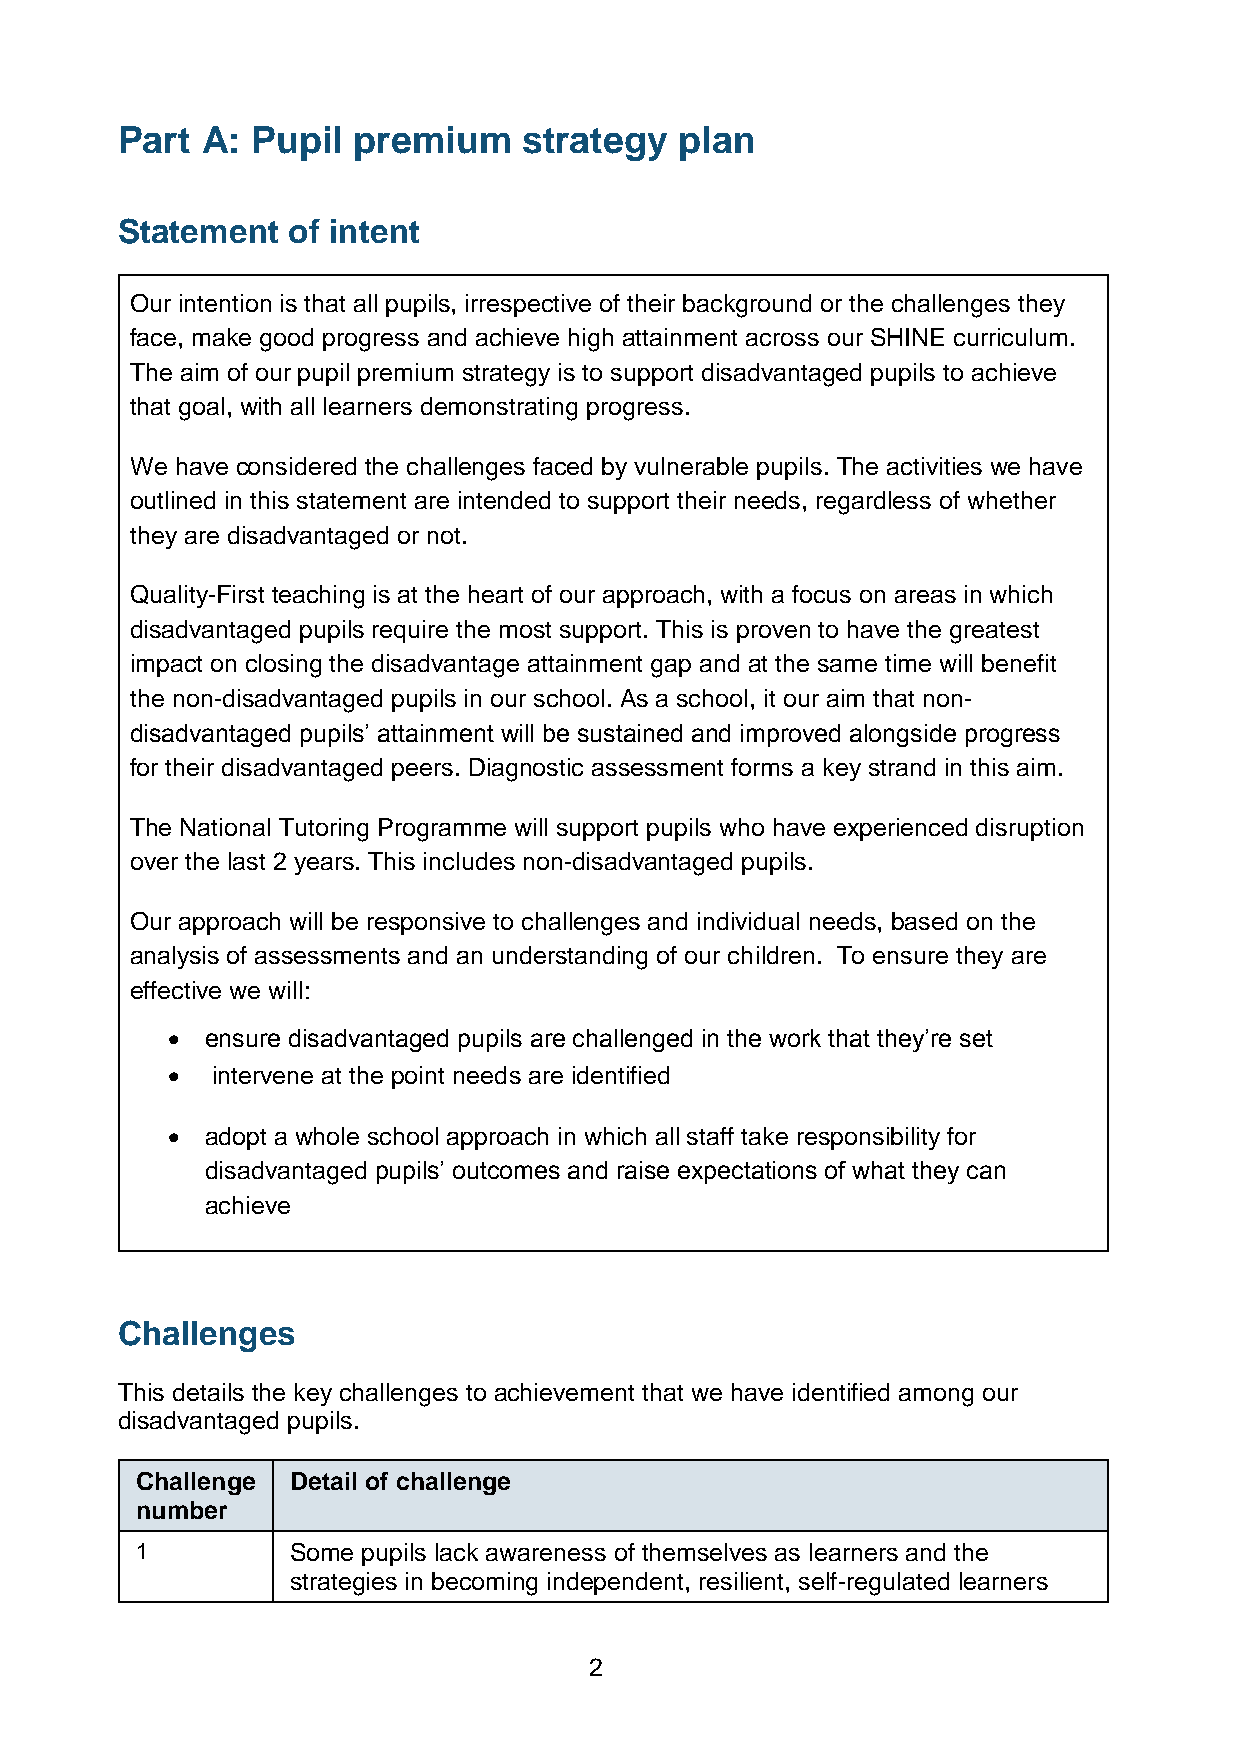
Part A:  Pupil premium     strategy  plan
 Statement  of intent
 Our intention is that all pupils, irrespective of their background or the challenges they
 face, make good progress and achieve high attainment across our SHINE curriculum.
 The aim of our pupil premium strategy is to support disadvantaged pupils to achieve
 that goal, with all learners demonstrating progress.
 We have considered the challenges faced by vulnerable pupils. The activities we have
 outlined in this statement are intended to support their needs, regardless of whether
 they are disadvantaged or not.
 Quality-First teaching is at the heart of our approach, with a focus on areas in which
 disadvantaged pupils require the most support. This is proven to have the greatest
 impact on closing the disadvantage attainment gap and at the same time will benefit
 the non-disadvantaged pupils in our school. As a school, it our aim that non-
 disadvantaged pupils’ attainment will be sustained and improved alongside progress
 for their disadvantaged peers. Diagnostic assessment forms a key strand in this aim.
 The National Tutoring Programme will support pupils who have experienced disruption
 over the last 2 years. This includes non-disadvantaged pupils.
 Our approach will be responsive to challenges and individual needs, based on the
 analysis of assessments and an understanding of our children. To ensure they are
 effective we will:
 •  ensure disadvantaged pupils are challenged in the work that they’re set
 •  intervene at the point needs are identified
 •  adopt a whole school approach in which all staff take responsibility for
 disadvantaged pupils’ outcomes and raise expectations of what they can
 achieve
 Challenges
 This details the key challenges to achievement that we have identified among our
 disadvantaged pupils.
 Challenge Detail of challenge
 number
 1         Some pupils lack awareness of themselves as learners and the
 strategies in becoming independent, resilient, self-regulated learners
 2